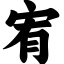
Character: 宥